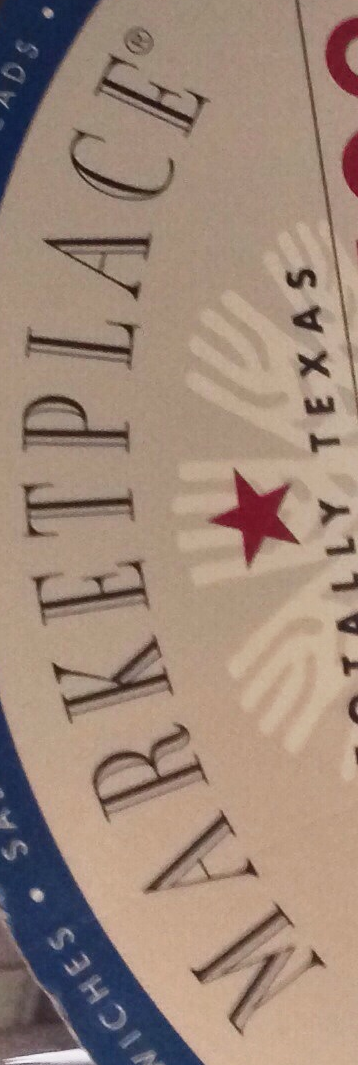
MARKETPLACE